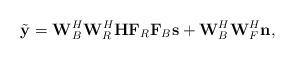
LaTeX: \begin{align*} \tilde{\mathbf{y}} = \mathbf{W}_B^H\mathbf{W}_R^H \mathbf{H} \mathbf{F}_R\mathbf{F}_B \mathbf{s} + \mathbf{W}_B^H\mathbf{W}_F^H\mathbf{n},\end{align*}